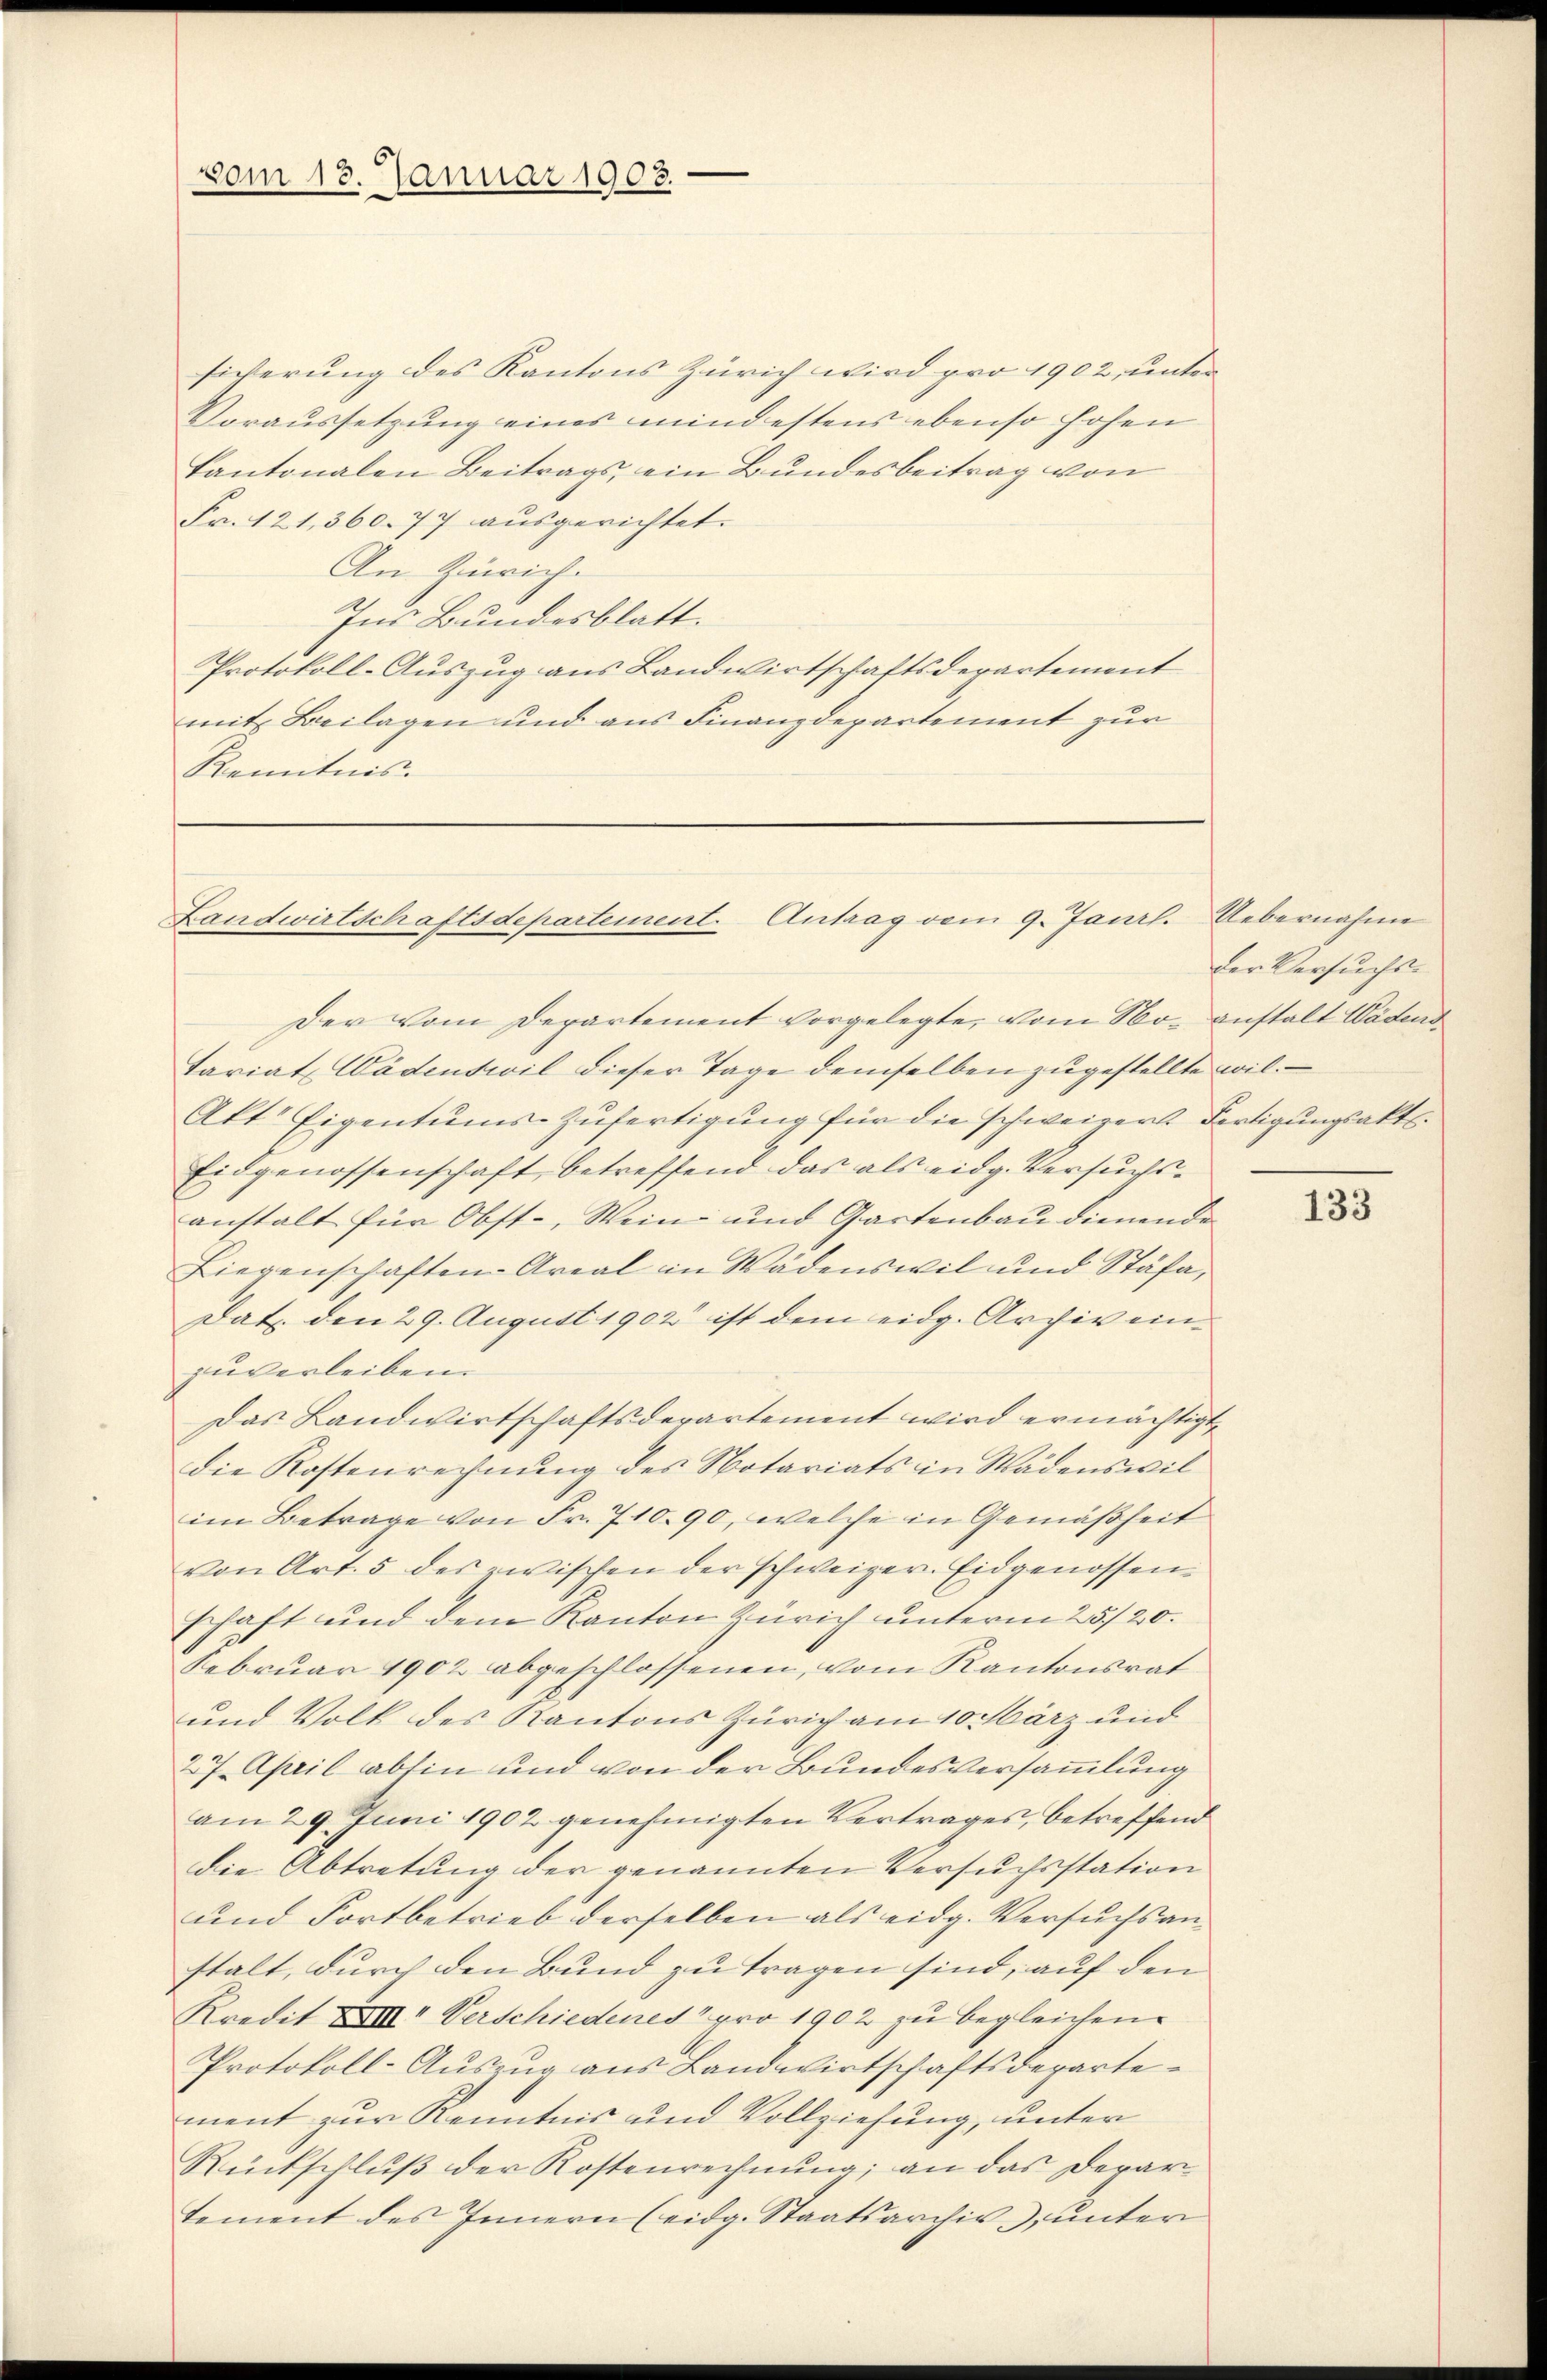
vom 13. Januar 1903.

siverung des Kantons Zürich wird pro 1902, unter
Voraussetzung eines mindestens ebenso hohen
Kantonalen Beitrags, ein Bundesbeitrag von
Fr. 121, 360. 77 ausgerichtet.
An Zürich.
Ins Bundesblatt.
Protokoll-Auszug aus Landwirtschaftsdepartement
mit Beilagen und aus Finanzdepartement zur
Kenntnis

Landwirtschaftsdepartement. Antrag vom 9. Janrl. Uebernahme

Der vom Departement vorgelegte, vom No- anstalt Wädens
tariat Wädenswil dieser Tage demselben zugestellte wil
Akt. Eigentums-Zufertigung für die schweizert Fertigungsakts¬
Eidgenossenschaft, betreffend das als eidg. Versuchs-
anstalt für Obst-, Wein und Gartenbau dienende
Liegenschaften-Areal in Wädenswil und Stäfa,
Dat. den 29. August 1902 ist dem eidg. Archiv einzuverleiben.
Das Landwirtschaftsdepartement wird ermächtigt,
die Kostenrechnung des Notariats in Wädenswilim Betrage von Fr. 710. 90, welche in Gemäßheit
von Art. 5 des zwischen der schweizer. Eidgenossen
schaft und dem Kanton Zürich unterm 25./20.
Februar 1902 abgeschlossenen, vom Kantonsrat
und Volk des Kantons Zürich am 10. März und
27 April abhin und von der Bundesversammlung
am 29. Juni 1902 genehmigten Vertrages, betreffend
die Abtretung der genannten Versuchsstation
und Fortbetrieb derselben als eidg. Versuchsanstalt, durch den Bund zu tragen sind, auf den
Kredit XXIII Verschiedenes pro 1902 zu begleichen.
Protokoll-Auszug aus Landwirtschaftsdepartement zur Kenntnis und Vollziehung, unter
Rückschlŭβ der Kostenrechnŭng, an das Depar-
tement des Innern (eidg. Staatsarchiv, unter

der Versuchs-

133